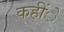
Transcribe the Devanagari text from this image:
कहींे